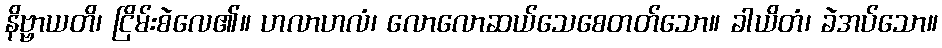
နိဗ္ဗာယတိ၊ ငြိမ်းစဲလေ၏။ ဟလာဟလံ၊ လောလောဆယ်သေစေတတ်သော။ ခါယိတံ၊ ခဲအပ်သော။